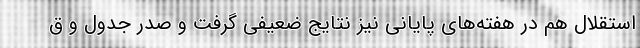
استقلال هم در هفته‌های پایانی نیز نتایج ضعیفی گرفت و صدر جدول و ق